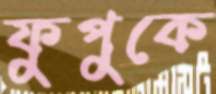
ফুপুকে